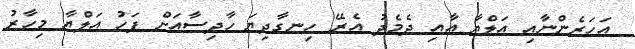
އަހަރެންނާއި އަލްޔާ އާއި ދެމެދު އެރޭ ހިނގާދިޔަ ހާދިސާއަށް ފަހު އަލްޔާ މިހާރު